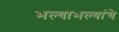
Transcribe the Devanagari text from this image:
भल्याभल्यांचे